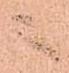
ニ